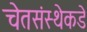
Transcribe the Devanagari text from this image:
चेतसंस्थेकडे